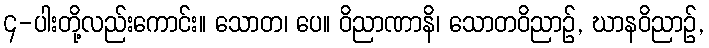
၄-ပါးတို့လည်းကောင်း။ သောတ၊ ပေ။ ဝိညာဏာနိ၊ သောတဝိညာဉ်, ဃာနဝိညာဉ်,